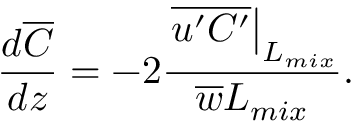
\frac { d \overline { { C } } } { d z } = - 2 \frac { \left. \overline { { u ^ { \prime } C ^ { \prime } } } \right| _ { L _ { m i x } } } { \overline { { w } } L _ { m i x } } .